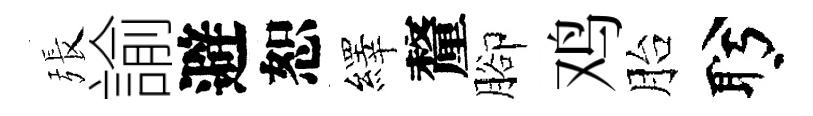
張諭避恕繹釐腳鸡胎盻